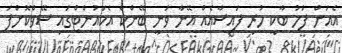
އެއަށް ފަހު ބާކީ ހުރި ފައިސާއެއް އޭނާ ވަނީ ބޭންކް އެކައުންޓްގައި ސޭވްކޮށްފަ